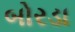
બોરડા